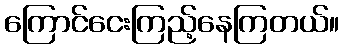
ကြောင်ငေးကြည့်နေကြတယ်။